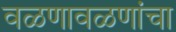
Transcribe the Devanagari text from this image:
वळणावळणांचा